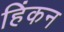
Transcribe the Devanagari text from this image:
हिंकन